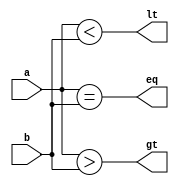
module FourBitComparator (input [3:0]a,
                          input [3:0]b,
                          output eq,  // Equals
                          output gt,  // Greater than
                          output lt); // Less than
    // Simple dataflow model assignment to the outputs
    // of the 4Bit comparator
    assign eq = a == b;
    assign gt = a > b;
    assign lt = a < b;
endmodule

module EightBitComparator(input [7:0]a,
                          input [7:0]b,
                          output eq,
                          output gt,
                          output lt);
    // Create temp outputs to get lt/gt/eq for 4 MSB & LSB
    wire lt_1, lt_2;
    wire gt_1, gt_2;
    wire eq_1, eq_2;
    wire andlt_out, andgt_out;

    // Call 4Bit comparator modules, one for each 4 MSBs/LSBs
    FourBitComparator BC_1( a[7:4], b[7:4], eq_1, gt_1, lt_1);
    FourBitComparator BC_2( a[3:0], b[3:0], eq_2, gt_2, lt_2);

    // Check to make sure that the 4 LSBs match their corresponding output.
    // So if the first 4 MSBs are found to be less than, check to make sure
    // the 4 LSBs are also less than. Otherwise we can have a less than and
    // greater than signal at the same time.
    and andlt2(andlt_out, lt_2, eq_1);
    and andgt2(andgt_out, gt_2, eq_1);

    // Get lt/gt/eq final outputs
    or or1(lt, lt_1, andlt2);
    or or2(gt, gt_1, andgt2);
    and and_eq(eq, eq_1, eq_2);
endmodule

module EightBitCompTB;
    // Variables
    // Numbers to compare
    reg [7:0] a, b;
    // Outputs
    wire eq, gt, lt;

    // Call comaparator
    EightBitComparator BC_1(a, b, eq, gt, lt);

    // Test inputs
    initial begin
        $monitor("%d a=%b, b=%b, eq=%b, gt=%b, lt=%b",
                 $time,
                 a, b, eq, gt, lt);
        #10
        a = 15;
        b = 15;
        #10
        a = 255;
        b = 0;
        #10
        a = 50;
        b = 75;
        #10
        a = 5;
        b = 5;
    end
endmodule